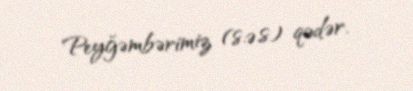
Peyğəmbərimiz (s.ə.s) qədər.